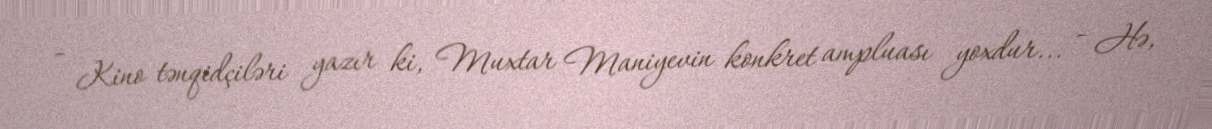
- Kino tənqidçiləri yazır ki, Muxtar Maniyevin konkret ampluası yoxdur... - Hə,